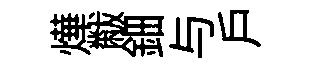
燁黻鈿与戶